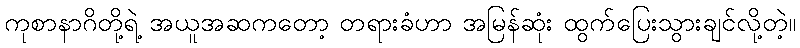
ကုစာနာဂိတို့ရဲ့ အယူအဆကတော့ တရားခံဟာ အမြန်ဆုံး ထွက်ပြေးသွားချင်လို့တဲ့။